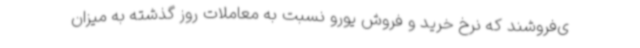
ی‌فروشند که نرخ خرید و فروش یورو نسبت به معاملات روز گذشته به میزان